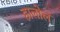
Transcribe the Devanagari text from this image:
हालोल